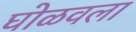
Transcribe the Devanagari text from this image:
घोळवला